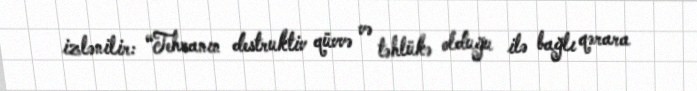
izlənilir: “Tehranın destruktiv qüvvə və təhlükə olduğu ilə bağlı qərara